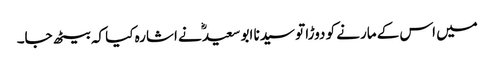
میں اس کے مارنے کو دوڑا تو سیدنا ابو سعیدؓ نے اشارہ کیا کہ بیٹھ جا۔